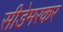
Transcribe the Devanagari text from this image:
सीडेमरकर